Medical and sanitary report on the native army of Bombay for the year
Year: 1877
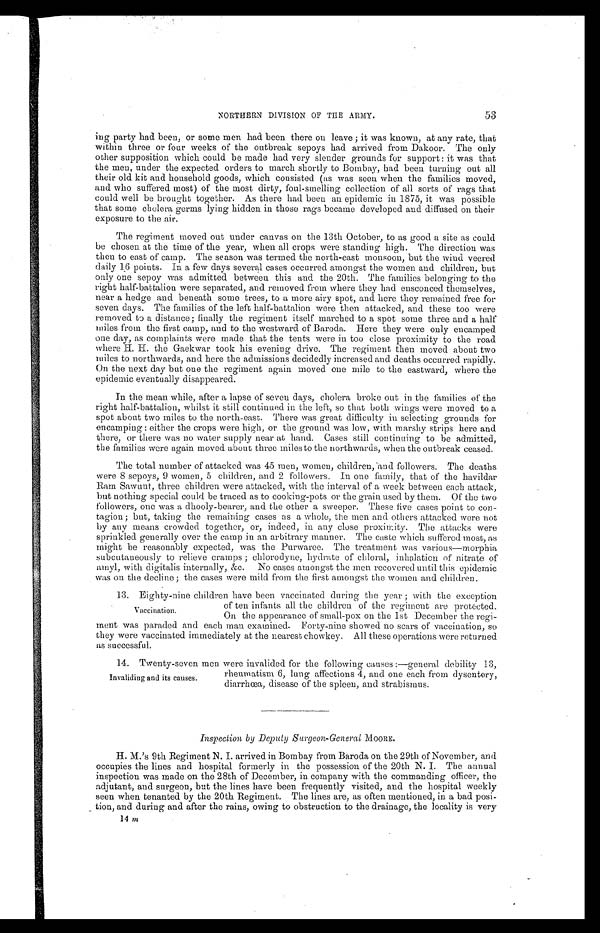
NORTHERN DIVISION OF THE ARMY.
ing party had been, or some men had been there on leave; it was known, at any rate, that
within three or four weeks of the outbreak sepoys had arrived from Dakoor. The only
other supposition which could be made had very slender grounds for support: it was that
the men, under the expected orders to march shortly to Bombay, had been turning out all
their old kit and household goods, which consisted (as was seen when the families moved,
and who suffered most) of the most dirty, foul-smelling collection of all sorts of rags that
could well be brought together. As there had been an epidemic in 1875, it was possible
that some cholera germs lying hidden in those rags became developed and diffused on their
exposure to the air.
The regiment moved out under canvas on the 13th October, to as good a site as could
be chosen at the time of the year, when all crops were standing high. The direction was
then to east of camp. The season was termed the north-east monsoon, but the wind veered
daily 16 points. In a few days several cases occurred amongst the women and children, but
only one sepoy was admitted between this and the 20th. The families belonging to the
right half-battalion were separated, and removed from where they had ensconced themselves,
near a hedge and beneath some trees, to a more airy spot, and here they remained free for
seven days. The families of the left half-battalion were then attacked, and these too were
removed to a distance; finally the regiment itself marched to a spot some three and a half
miles from the first camp, and to the westward of Baroda. Here they were only encamped
one day, as complaints were made that the tents were in too close proximity to the road
where H. H. the Gaekwar took his evening drive. The regiment then moved about two
miles to northwards, and here the admissions decidedly increased and deaths occurred rapidly.
On the next day but one the regiment again moved one mile to the eastward, where the
epidemic eventually disappeared.
In the mean while, after a lapse of seven days, cholera broke out in the families of the
right half-battalion, whilst it still continued in the left, so that both wings were moved to a
spot about two miles to the north-east. There was great difficulty in selecting grounds for
encamping: either the crops were high, or the ground was low, with marshy strips here and
there, or there was no water supply near at hand. Cases still continuing to be admitted,
the families were again moved about three miles to the northwards, when the outbreak ceased.
The total number of attacked was 45 men, women, children, and followers. The deaths
were 8 sepoys, 9 women, 5 children, and 2 followers. In one family, that of the havildar
Ram Sawunt, three children were attacked, with the interval of a week between each attack,
but nothing special could be traced as to cooking-pots or the grain used by them. Of the two
followers, one was a dhooly-bearer, and the other a sweeper. These five cases point to con
-tagion; but, taking the remaining cases as a whole, the men and others attacked were not
by any means crowded together, or, indeed, in any close proximity. The attacks were
sprinkled generally over the camp in an arbitrary manner. The caste which suffered most, as
might be reasonably expected, was the Purwaree. The treatment was various—morphia
subcutaneously to relieve cramps; chlorodyne, hydrate of chloral, inhalation of nitrate of
amyl, with digitalis internally, &c. No cases amongst the men recovered until this epidemic
was on the decline: the cases were mild from the first amongst the women and children.
1 3 . E i g h t y - n i n e c h i l d r e n h a v e b e e n v a c c i n a t e d d u r i n g t h e y e a r ; w i t h t h e e x c e p t i o n
of ten infants all the children of the regiment are protected.
On the appearance of small-pox on the 1st December the regi
-ment was paraded and each man examined. Forty-nine showed no scars of' vaccination, so
they were vaccinated immediately at the nearest chowkey. All these operations were returned
a s s u c c e s s f u l .
1 4 . T w e n t y - s e v e n m e n w e r e i n v a l i d e d f o r t h e f o l l o w i n g c a u s e s : — g e n e r a l d e b i l i t y 1 3 ,
rheumatism 6, lung affections 4, and one each from dysentery,
diarrhœa, disease of the spleen, and strabismus.
Inspection by Deputy Surgeon-General MOORE.
H. M.'s 9th Regiment N. I. arrived in Bombay from Baroda on the 29th of November, and
occupies the lines and hospital formerly in the possession of the 20th N. I. The annual
inspection was made on the 28th of December, in company with the commanding officer, the
adjutant, and surgeon, but the lines have been frequently visited, and the hospital weekly
seen when tenanted by the 20th Regiment. The lines are, as often mentioned, in a bad posi
-tion, and during and after the rains, owing to obstruction to the drainage, the locality is very
Vaccination.
Invaliding and its causes.
14 m